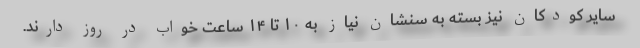
سایر کودکان نیز بسته به سنشان نیاز به ۱۰ تا ۱۴ ساعت خواب در روز دارند.